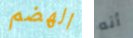
الهضم أنه